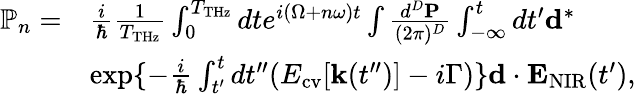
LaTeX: \begin{array}{rl}{\mathbb{P}_{n}=}&{\frac{i}{\hbar}\frac{1}{T_{\mathrm{THz}}}\int_{0}^{T_{\mathrm{THz}}}dte^{i(\Omega+n\omega)t}\int\frac{d^{D}{\mathbf P}}{(2\pi)^{D}}\int_{-\infty}^{t}dt^{\prime}{\mathbf d}^{*}}\\ &{\exp\{ -\frac{i}{\hbar}\int_{t^{\prime}}^{t}dt^{\prime\prime}(E_{\mathrm{cv}}[{\mathbf k}(t^{\prime\prime})]-i\Gamma)\} {\mathbf d}\cdot{\mathbf E}_{\mathrm{NIR}}(t^{\prime}),}\end{array}